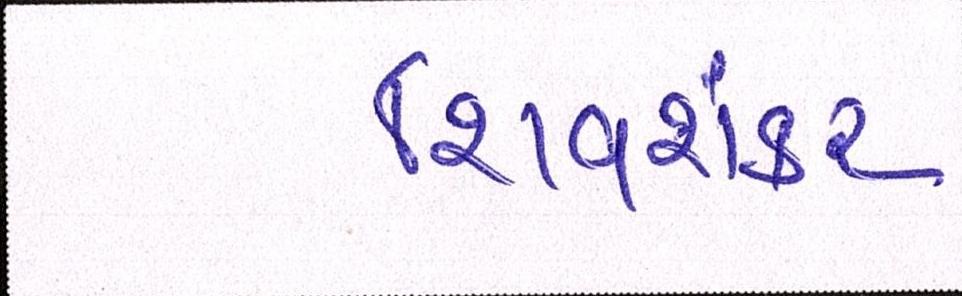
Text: શિવશંકર